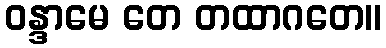
ဝန္ဒာမေ တေ တထာဂတေ။